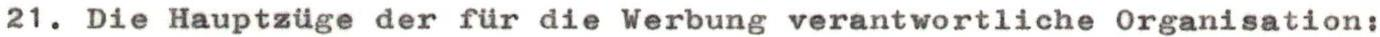
2l. Die Hauptzüge der für die Werbung verantwortliche Organisation: